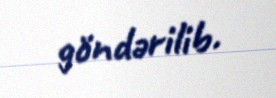
göndərilib.